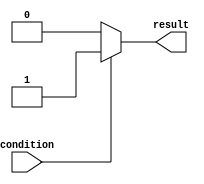
module if_else_statement(
    input wire condition,
    output reg result
);

always @ (*) begin
    if (~condition) begin
        result <= 1'b0; // Execute this block of code if condition is false
    end else begin
        result <= 1'b1; // Execute this block of code if condition is true
    end
end

endmodule